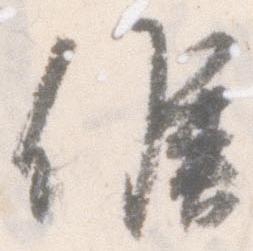
候